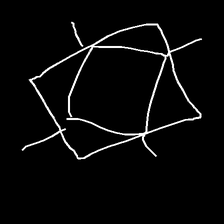
Glyph: light